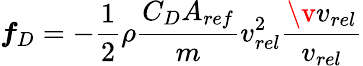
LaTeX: \boldsymbol{f}_{D}=-\frac{1}{2}\rho\frac{C_{D}A_{ref}}{m}v_{rel}^{2}\frac{\v{v}_{rel}}{v_{rel}}